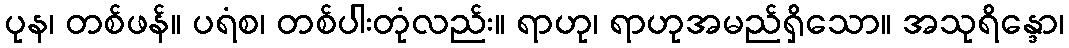
ပုန၊ တစ်ဖန်။ ပရံစ၊ တစ်ပါးတုံလည်း။ ရာဟု၊ ရာဟုအမည်ရှိသော။ အသုရိန္ဒော၊